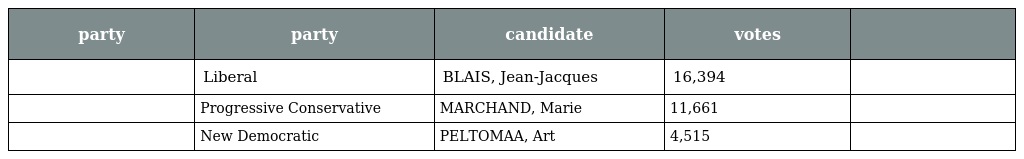
| party | party | candidate | votes |  |
 | --- | --- | --- | --- | --- |
 |  | Liberal | BLAIS, Jean-Jacques | 16,394 |  |
 |  | Progressive Conservative | MARCHAND, Marie | 11,661 |  |
 |  | New Democratic | PELTOMAA, Art | 4,515 |  |